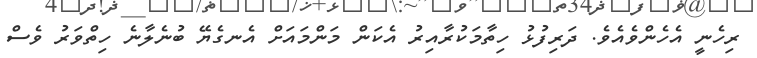
ރިހެނީ އެހެންވެއެވެ. ދަރިފުޅު ހިތާމަކުރާއިރު އެކަން މަންމައަށް އެނގެޔޭ ބުނެލާނެ ހިތްވަރު ވެސް